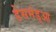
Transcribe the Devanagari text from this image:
डेसमंड्आ